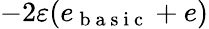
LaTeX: -2\varepsilon(e_{\mathrm{~b~a~s~i~c~}}+e)